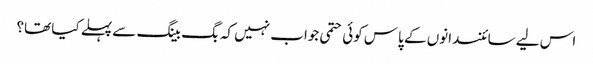
اس لیے سائنسدانوں کے پاس کوئی حتمی جواب نہیں کہ بگ بینگ سے پہلے کیا تھا؟